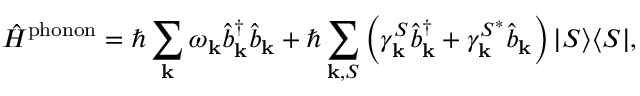
\hat { H } ^ { \mathrm { p h o n o n } } = \hbar \sum _ { \mathbf { k } } \omega _ { \mathbf { k } } \hat { b } _ { \mathbf { k } } ^ { \dagger } \hat { b } _ { \mathbf { k } } + \hbar \sum _ { { \mathbf { k } } , S } \left( \gamma _ { \mathbf { k } } ^ { S } \hat { b } _ { \mathbf { k } } ^ { \dagger } + \gamma _ { \mathbf { k } } ^ { S ^ { * } } \hat { b } _ { \mathbf { k } } \right) \vert S \rangle \langle S \vert ,